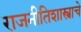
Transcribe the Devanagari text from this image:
राजनीतिशास्त्राचे